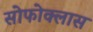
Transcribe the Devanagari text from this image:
सोफोक्लास